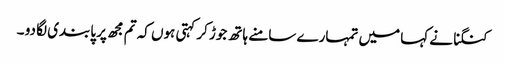
کنگنا نے کہا میں تمہارے سامنے ہاتھ جوڑ کر کہتی ہوں کہ تم مجھ پر پابندی لگا دو ۔